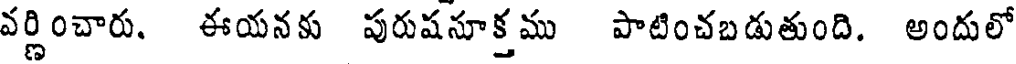
వర్ణించారు. ఈయనకు పురుషనూక్తము పాటించబడుతుంది. అందులో